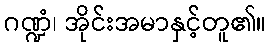
ဂဏ္ဍံ၊ အိုင်းအမာနှင့်တူ၏။